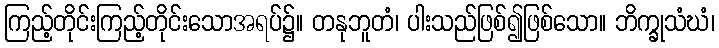
ကြည့်တိုင်းကြည့်တိုင်းသောအရပ်၌။ တနုဘူတံ၊ ပါးသည်ဖြစ်၍ဖြစ်သော။ ဘိက္ခုသံဃံ၊